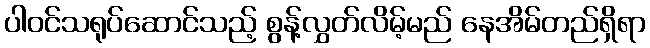
ပါဝင်သရုပ်ဆောင်သည့် စွန့်လွှတ်လိမ့်မည် နေအိမ်တည်ရှိရာ